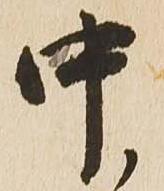
中